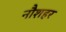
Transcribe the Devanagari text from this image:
नौशहर